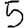
Digit: 5